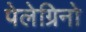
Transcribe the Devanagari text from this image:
पेलेग्रिनो